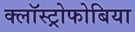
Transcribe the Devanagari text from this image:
क्लॉस्ट्रोफोबिया